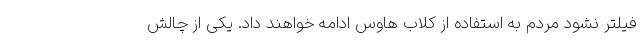
فیلتر نشود مردم به استفاده از کلاب هاوس ادامه خواهند داد. یکی از چالش